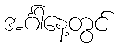
အင်္ဂါနေ့တွင်